Vabadussoja_Ajaloo_Komitee, lk 8
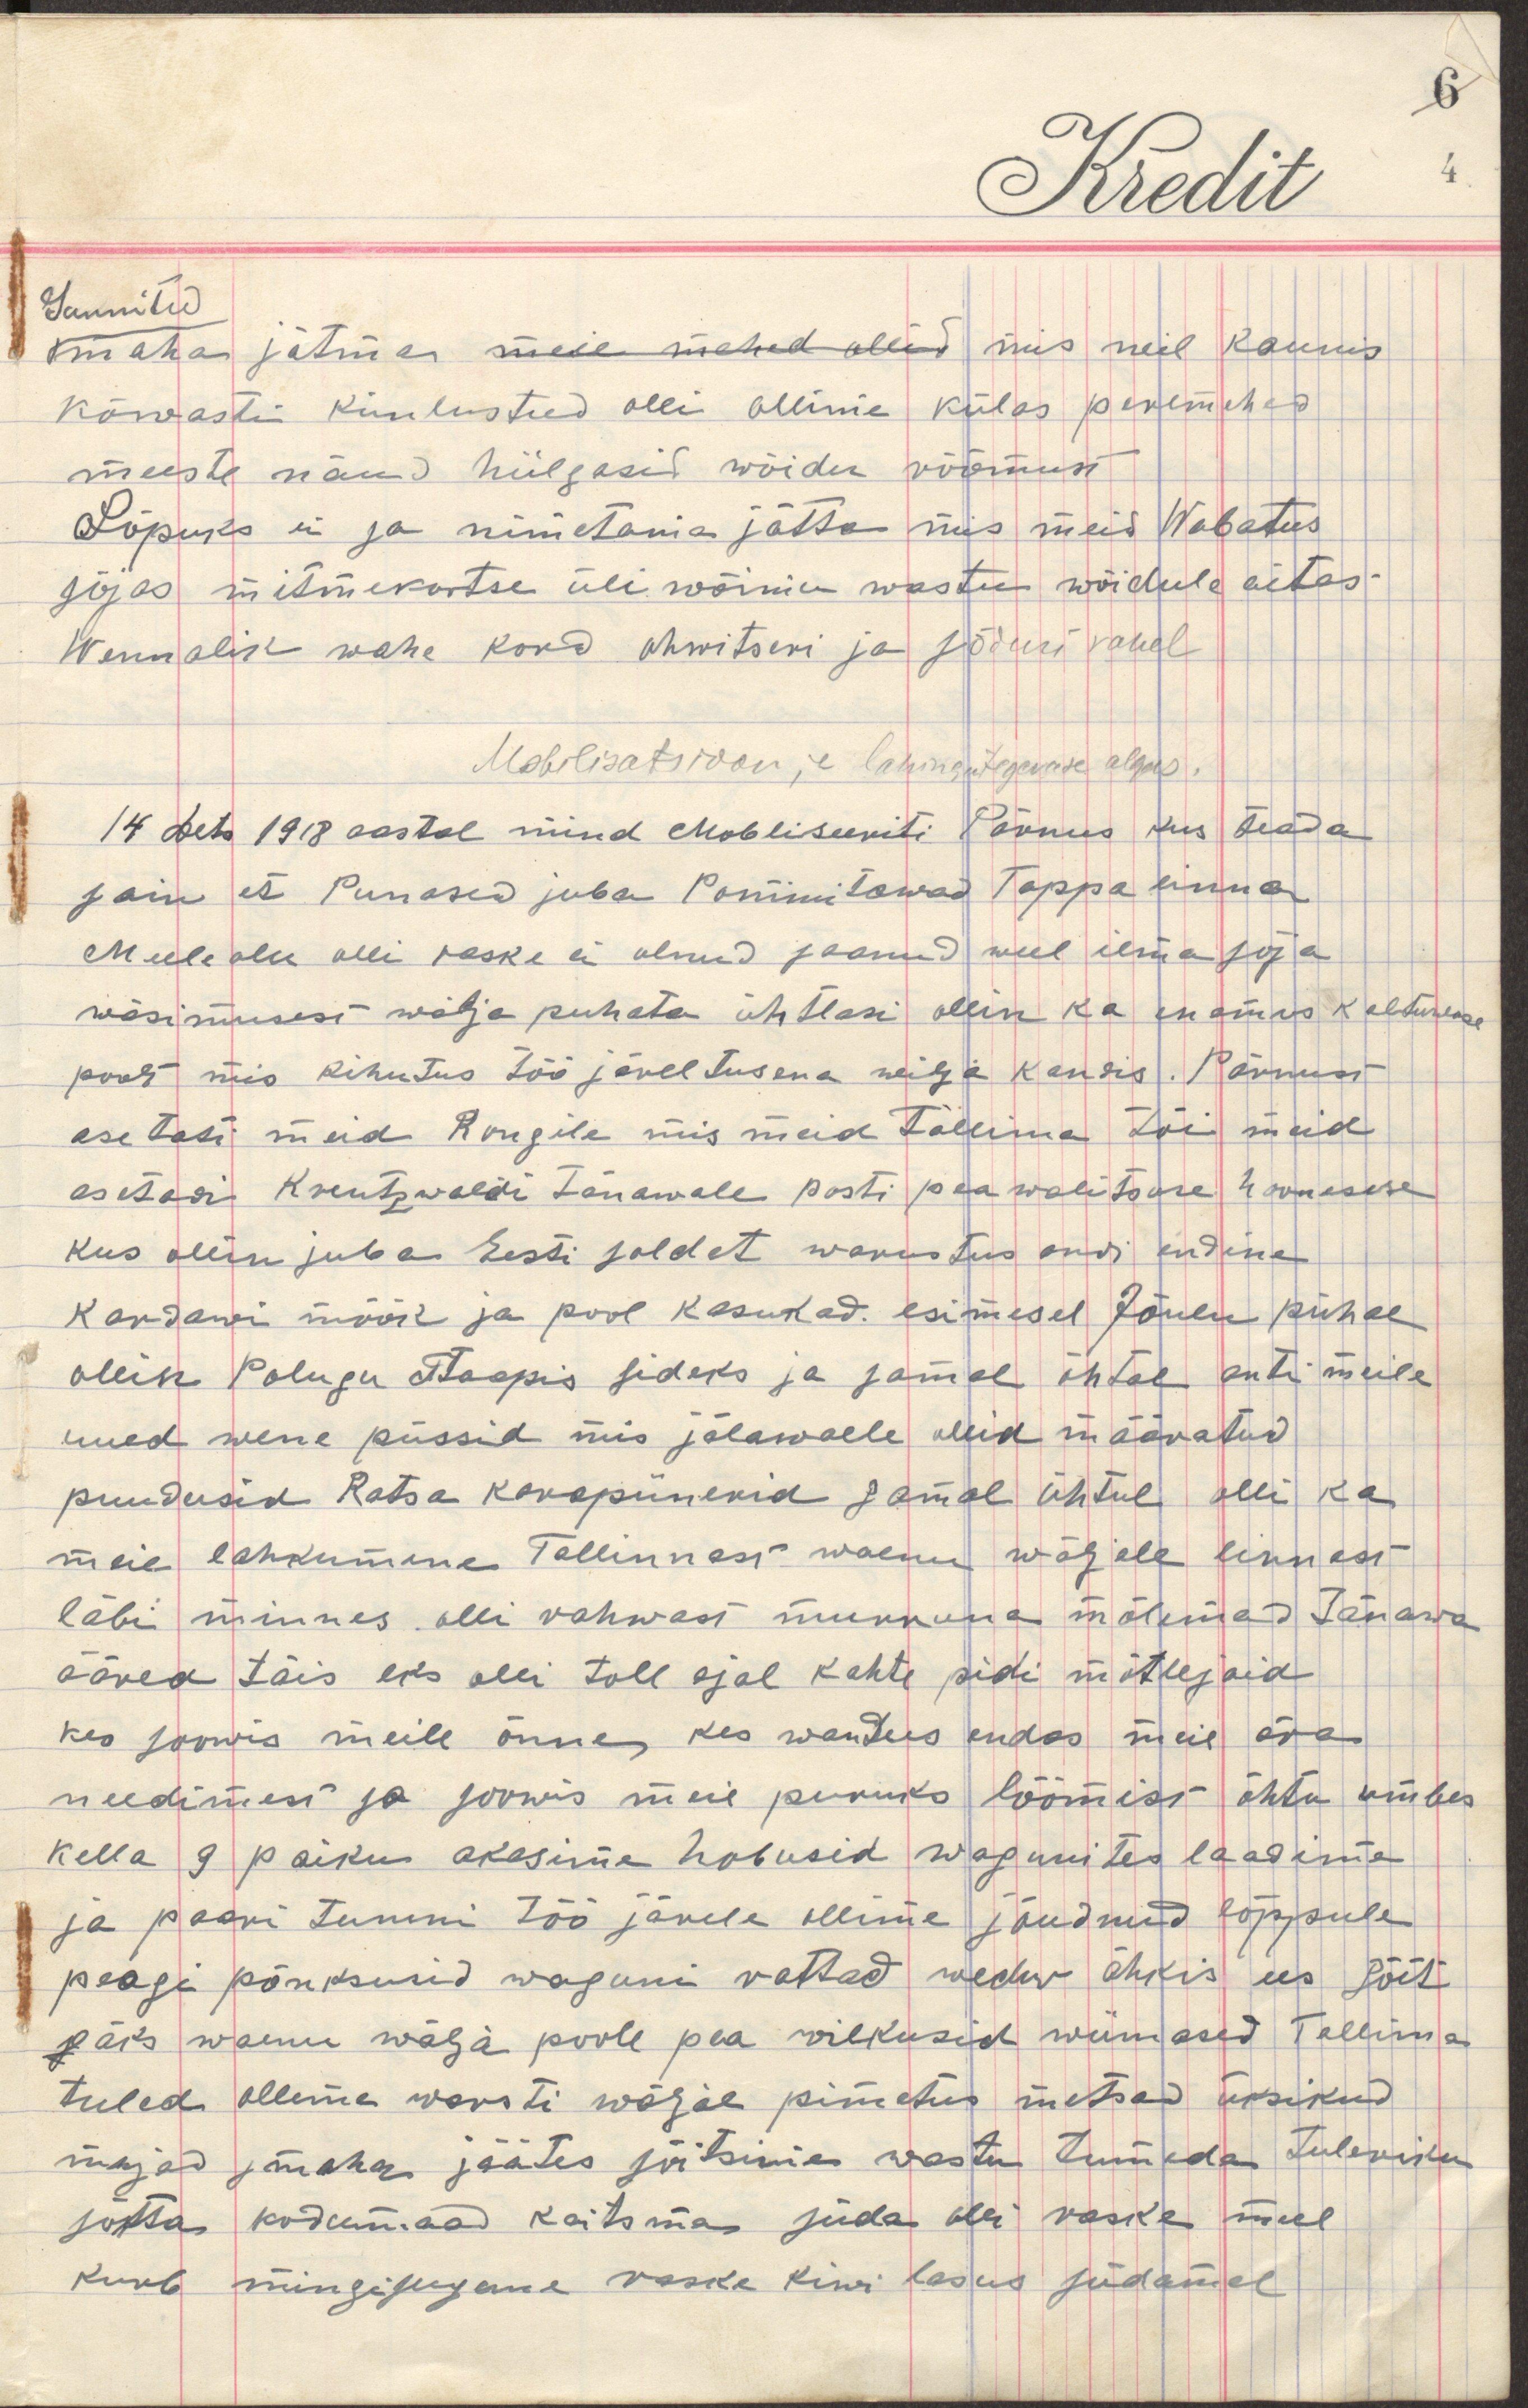
sunnitud
maha jätma meie mehed ollid mis meil kaunis
kõwasti kindlustud olli ollime külas peremehed
meeste näud hiilgasid wõidu rõõmust
Lõpuks ei sa nimetama jätta mis meid Wabatus
sõjas mitmekortse üliwõimu wastu wõidule aitas
wennalik mehe kord ohwitseri ja sõduri wahel
Mobilisatsioon ja lahingutegevuse algus
14 dets 1918 aastal mind mobiliseeriti Pärnus kus teada
sain et Punased juba Pommitawad Tappa linna
Meele olu olli raske ei olnud saanud weel ilmasõja
wäsimusest wälja puhata ühtlasi ollin ka enamus kalduwuse
poolt mis kihutus töö järeltusena wilja kandis. Pärnust
asetati meid Rongile mis meid Tallinna tõi meid
asetati Kreutzwaldi tänawale posti peawalitsuse hoonesse
kus ollin juba Eesti soldat warustus andi endine
Kardani mõõk ja pool kasukad. esimesel Jõulu pühal
ollin Polugu Staapis sideks ja samal õhtul anti meile
uued wene püssid mis jalawäele ollid määratud
puudusid Ratsa karapiinekid samal õhtul olli ka 
meie lahkumine Tallinnas waenu wäljale linnast
läbi minne olli rahwast murruna mõlemad Tänawa
ääred täis eks olli toll ajal kahte pidi mõtlejaid
kes soowis meile õnne kes wandus endas meie ära
needimist ja soowis meie puruks löömist õhtu umbes
kella 9 paiku akasime hobuseid wagunites laadima
ja paari tunni töö järele ollime jõudnud lõppule
peagi põnksusid waguni rattad wedur õhkis ees Sõit
päris waenu wälja poole pea wilkusid wiimased Tallinna
tuled ollema warsti wäljal pimedas metsas üksikud
majad maha jäätes sõitsime wastu tumeda tulewiku
sõtta kodumaad kaitsma süda olli raske mul
kurb mingisugune raske kiwi lasus südamel